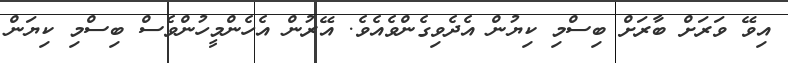
އިވޭ ވަރަށް ބާރަށް ބިސްމި ކިޔުން އެދެވިގެންވެއެވެ. އޭރުން އެހެންމީހުންވެސް ބިސްމި ކިޔަން